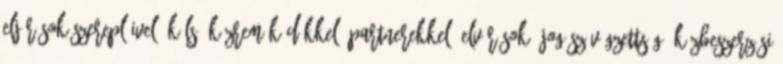
eljárások szereplőivel, külső közreműködőkkel, partnerekkel. Elvárások: jogász végzettség; közbeszerzési